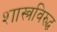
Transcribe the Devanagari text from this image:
शास्त्रविरुद्ध